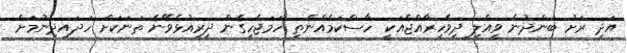
އަދި ރަށު ބަންދުން ވީއްލި ދިވެހިރާއްޖެއަކީ ހާސްކަމެއްނެތި ހަމަޖެހިގެން ދިރިއުޅެވޭނެ ތަނަކަށް ހަދައިދިނުމަށް